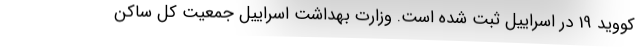
کووید 19 در اسراییل ثبت شده است. وزارت بهداشت اسراییل جمعیت کل ساکن